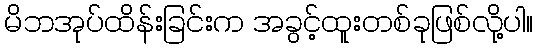
မိဘအုပ်ထိန်းခြင်းက အခွင့်ထူးတစ်ခုဖြစ်လို့ပါ။